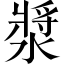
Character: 漿